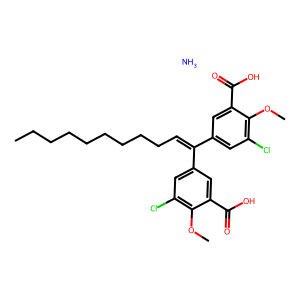
SMILES: CCCCCCCCCC=C(c1cc(Cl)c(OC)c(C(=O)O)c1)c1cc(Cl)c(OC)c(C(=O)O)c1.N
Inhibits HIV replication: Yes